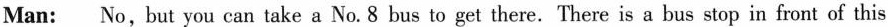
Man: No,but you can take a No.8 bus to get there. There is a bus stop in front of this